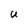
Character: U